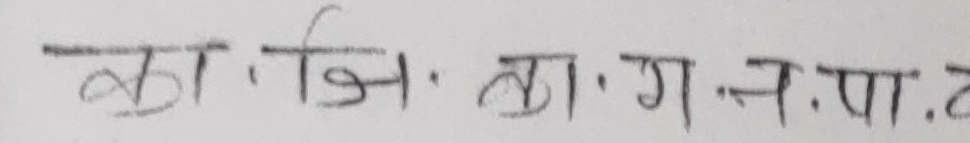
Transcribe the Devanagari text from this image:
का, जि. ता. ग. न. पा. ट